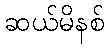
ဆယ်မိနစ်